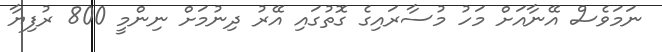
ނަމަވެސް އޭނާއަށް މަހު މުސާރައިގެ ގޮތުގައި އޭރު ދިނުމަށް ނިންމީ 800 ރުފިޔާ